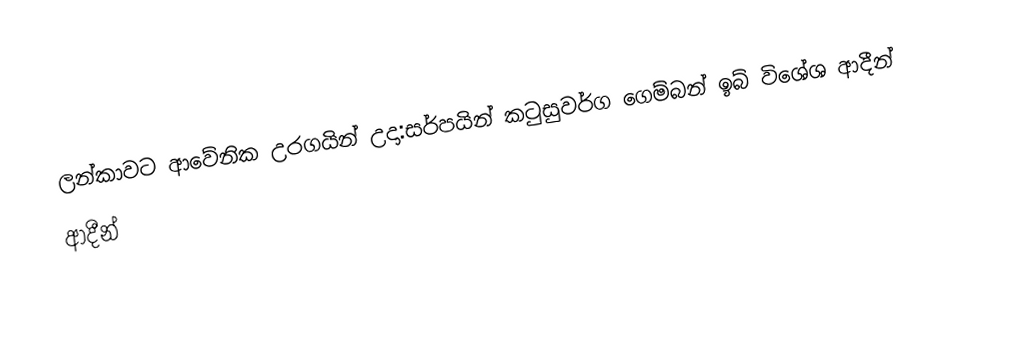
ලන්කාවට ආවේනික උරගයින් උදා:සර්පයින් කටුසුවර්ග ගෙම්බන් ඉබ් විශේශ ආදීන්
ආදීන්